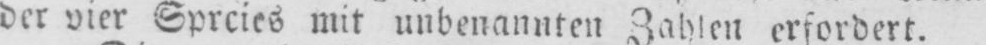
der vier Sprcies mit unbenannten Zahlen erfordert.